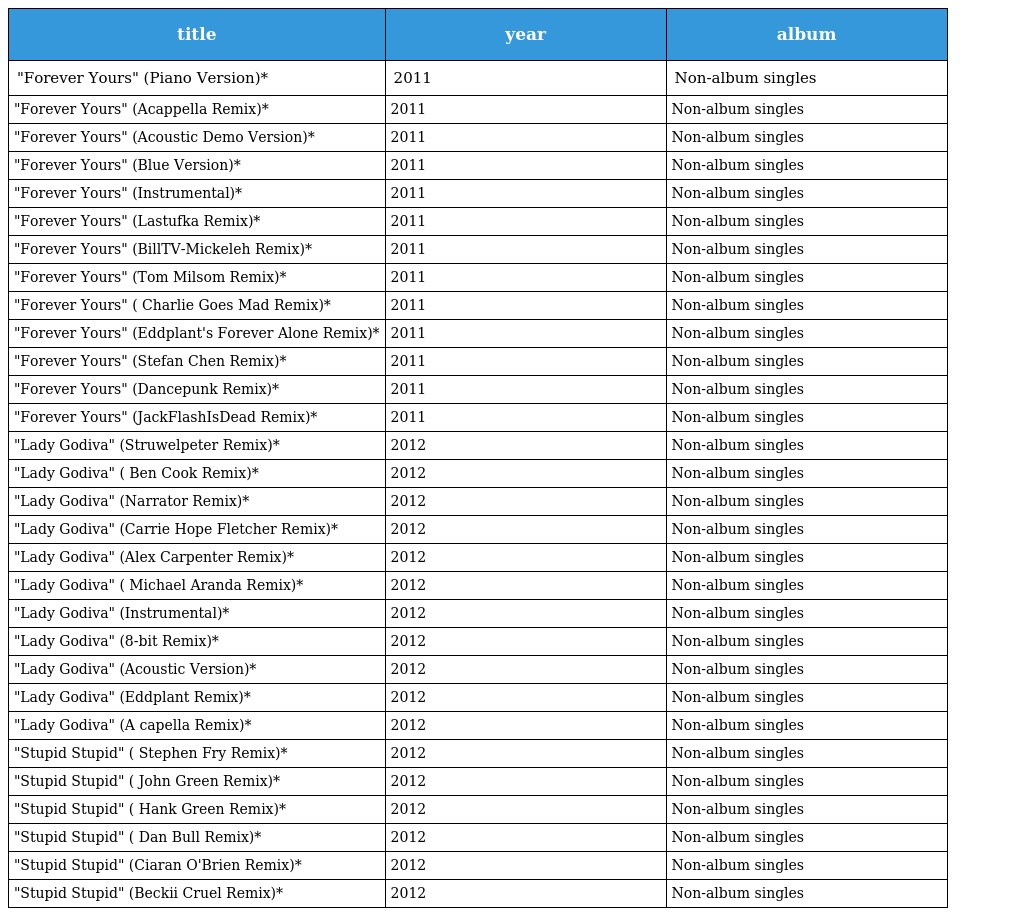
| title | year | album |
 | --- | --- | --- |
 | "Forever Yours" (Piano Version)* | 2011 | Non-album singles |
 | "Forever Yours" (Acappella Remix)* | 2011 | Non-album singles |
 | "Forever Yours" (Acoustic Demo Version)* | 2011 | Non-album singles |
 | "Forever Yours" (Blue Version)* | 2011 | Non-album singles |
 | "Forever Yours" (Instrumental)* | 2011 | Non-album singles |
 | "Forever Yours" (Lastufka Remix)* | 2011 | Non-album singles |
 | "Forever Yours" (BillTV-Mickeleh Remix)* | 2011 | Non-album singles |
 | "Forever Yours" (Tom Milsom Remix)* | 2011 | Non-album singles |
 | "Forever Yours" ( Charlie Goes Mad Remix)* | 2011 | Non-album singles |
 | "Forever Yours" (Eddplant's Forever Alone Remix)* | 2011 | Non-album singles |
 | "Forever Yours" (Stefan Chen Remix)* | 2011 | Non-album singles |
 | "Forever Yours" (Dancepunk Remix)* | 2011 | Non-album singles |
 | "Forever Yours" (JackFlashIsDead Remix)* | 2011 | Non-album singles |
 | "Lady Godiva" (Struwelpeter Remix)* | 2012 | Non-album singles |
 | "Lady Godiva" ( Ben Cook Remix)* | 2012 | Non-album singles |
 | "Lady Godiva" (Narrator Remix)* | 2012 | Non-album singles |
 | "Lady Godiva" (Carrie Hope Fletcher Remix)* | 2012 | Non-album singles |
 | "Lady Godiva" (Alex Carpenter Remix)* | 2012 | Non-album singles |
 | "Lady Godiva" ( Michael Aranda Remix)* | 2012 | Non-album singles |
 | "Lady Godiva" (Instrumental)* | 2012 | Non-album singles |
 | "Lady Godiva" (8-bit Remix)* | 2012 | Non-album singles |
 | "Lady Godiva" (Acoustic Version)* | 2012 | Non-album singles |
 | "Lady Godiva" (Eddplant Remix)* | 2012 | Non-album singles |
 | "Lady Godiva" (A capella Remix)* | 2012 | Non-album singles |
 | "Stupid Stupid" ( Stephen Fry Remix)* | 2012 | Non-album singles |
 | "Stupid Stupid" ( John Green Remix)* | 2012 | Non-album singles |
 | "Stupid Stupid" ( Hank Green Remix)* | 2012 | Non-album singles |
 | "Stupid Stupid" ( Dan Bull Remix)* | 2012 | Non-album singles |
 | "Stupid Stupid" (Ciaran O'Brien Remix)* | 2012 | Non-album singles |
 | "Stupid Stupid" (Beckii Cruel Remix)* | 2012 | Non-album singles |